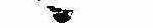
ゝ